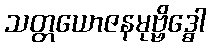
သတ္တယောဇနမုဗ္ဗိဒ္ဓေါ